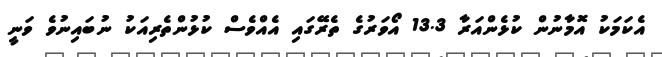
އެކަމަކު އޮމާނުން ކުޅެންއަރާ 13.3 އޯވަރުގެ ތެރޭގައި އެއްވެސް ކުޅުންތެރިއަކު ނުބައިނުވެ ވަނީ